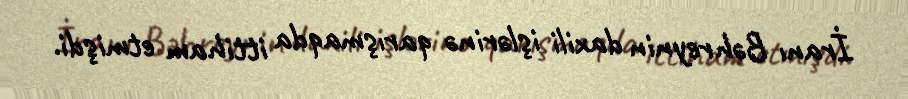
İranı Bəhreynin daxili işlərinə qarışmaqda ittiham etmişdi.